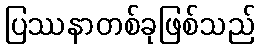
ပြဿနာတစ်ခုဖြစ်သည်